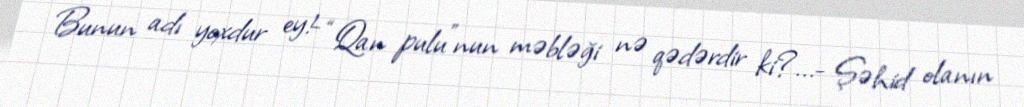
Bunun adı yoxdur ey!- “Qan pulu”nun məbləği nə qədərdir ki?...- Şəhid olanın